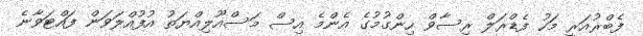
ފެބްރުއަރީ މަހު ފެޑްރަލް ރިސާވް ހިންގުމުގެ އެންމެ އިސް މަސްއޫލިއްޔަތު އުފުއްލަވަން ފައްޓަވާނެ